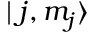
\mid j , m _ { j } \rangle